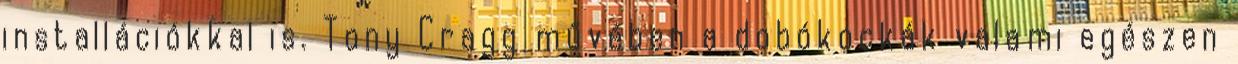
installációkkal is. Tony Cragg művében a dobókockák valami egészen